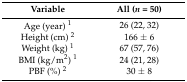
| Variable | All (n = 50) |
 | --- | --- |
 | Age (year) 1 | 26 (22, 32) |
 | Height (cm) 2 | 166 ± 6 |
 | Weight (kg) 1 | 67 (57, 76) |
 | BMI (kg/m2) 1 | 24 (21, 28) |
 | PBF (%) 2 | 30 ± 8 |